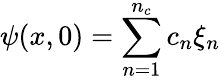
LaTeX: \psi(x,0)=\sum_{n=1}^{n_{c}}c_{n}\xi_{n}